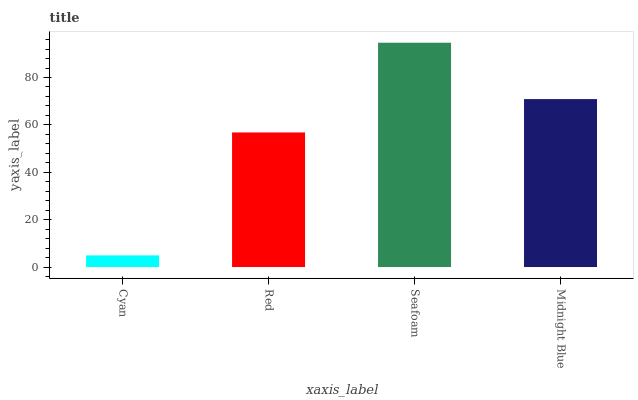
| xaxis_label | bars |
 | --- | --- |
 | Cyan | 4.92 |
 | Red | 56.8 |
 | Seafoam | 94.7 |
 | Midnight Blue | 70.9 |